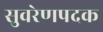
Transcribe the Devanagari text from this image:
सुवरेणपदक